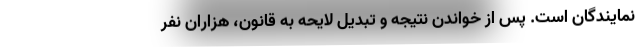
نمایندگان است. پس از خواندن نتیجه و تبدیل لایحه به قانون، هزاران نفر